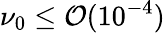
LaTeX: \nu_{0}\leq\mathcal{O}(10^{-4})